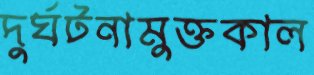
দুর্ঘটনামুক্তকাল